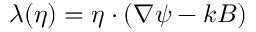
\lambda ( \eta ) = \eta \cdot ( \nabla \psi - k B )